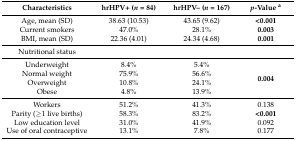
<table><thead><tr><td><b>Characteristics</b></td><td><b>hrHPV+ (<i>n</i> = 84)</b></td><td><b>hrHPV– (<i>n</i> = 167)</b></td><td><b><i>p</i>-Value <sup>a</sup></b></td></tr></thead><tbody><tr><td>Age, mean (SD)</td><td>38.63 (10.53)</td><td>43.65 (9.62)</td><td><b>&lt;0.001</b></td></tr><tr><td>Current smokers</td><td>47.0%</td><td>28.1%</td><td><b>0.003</b></td></tr><tr><td>BMI, mean (SD)</td><td>22.36 (4.01)</td><td>24.34 (4.68)</td><td><b>0.001</b></td></tr><tr><td>Nutritional status</td><td></td><td></td><td></td></tr><tr><td>Underweight</td><td>8.4%</td><td>5.4%</td><td rowspan="4"><b>0.004</b></td></tr><tr><td>Normal weight</td><td>75.9%</td><td>56.6%</td></tr><tr><td>Overweight</td><td>10.8%</td><td>24.1%</td></tr><tr><td>Obese</td><td>4.8%</td><td>13.9%</td></tr><tr><td>Workers</td><td>51.2%</td><td>41.3%</td><td>0.138</td></tr><tr><td>Parity (≥1 live births)</td><td>58.3%</td><td>83.2%</td><td><b>&lt;0.001</b></td></tr><tr><td>Low education level</td><td>31.0%</td><td>41.9%</td><td>0.092</td></tr><tr><td>Use of oral contraceptive</td><td>13.1%</td><td>7.8%</td><td>0.177</td></tr></tbody></table>